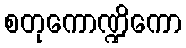
စတုကောဏ္ဍိကော